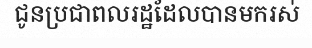
ជូនប្រជាពលរដ្ឋដែលបានមករស់